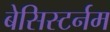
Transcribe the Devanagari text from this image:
बेसिस्टर्नम